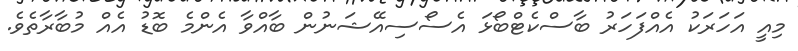
މިއީ އަހަރަކު އެއްފަހަރު ބާސްކެޓްބޯޅަ އެސޯސިއޭޝަނުން ބާއްވާ އެންމެ ބޮޑު އެއް މުބާރާތެވެ.